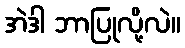
အဲဒါ ဘာပြုလို့လဲ။